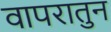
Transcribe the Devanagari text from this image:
वापरातुन